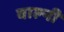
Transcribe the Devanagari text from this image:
वाल्नी